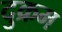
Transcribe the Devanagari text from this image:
दुक्रम